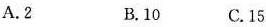
A.2 B.10 C. 15